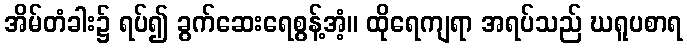
အိမ်တံခါး၌ ရပ်၍ ခွက်ဆေးရေစွန့်အံ့။ ထိုရေကျရာ အရပ်သည် ဃရူပစာရ